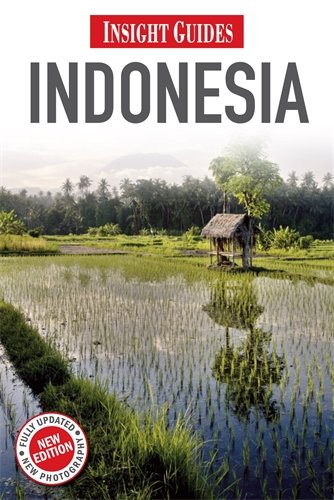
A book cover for Indonesia (Insight Guides); Linda Hoffman; Travel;